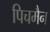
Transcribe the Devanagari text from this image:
पिचमैन